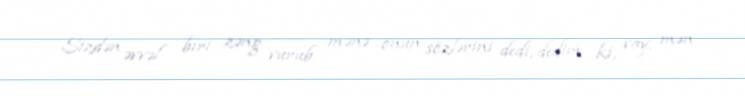
Sizdən əvvəl biri zəng vurub mənə onun sözlərini dedi, dedim ki, vay, mən